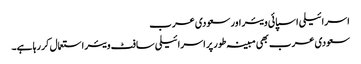
اسرائیلی اسپائی ویئر اور سعودی عرب
سعودی عرب بھی مبینہ طور پر اسرائیلی سافٹ ویئر استعمال کر رہا ہے۔